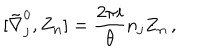
[ \tilde { \nabla } _ { j } ^ { 0 } , Z _ { \bf n } ] = \frac { 2 \pi i } { \theta } n _ { j } Z _ { \bf n } \, ,